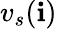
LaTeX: {v_{s}}(\mathbf{i})